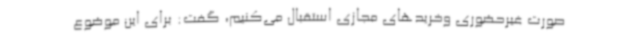
صورت غیرحضوری وخریدهای مجازی استقبال می‌کنیم، گفت: برای این موضوع